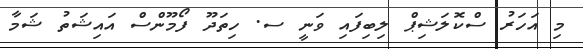
މި އަހަރު ސްކޮލަޝިޕް ލިބިފައި ވަނީ ސ. ހިތަދޫ ފޯމޫންސް އައިޝަތު ޝަމާ